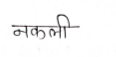
मजकूर: नकली